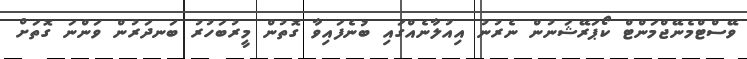
ވޭސްޓްމެނޭޖްމަންޓް ކޯޕަރޭޝަނުން ނެރުނު އިއުލާނެއްގައި ބުނެފައިވާ ގޮތުން މީރުބަހުރު ބަނދަރުން ވަންނަ ގޮތަށް